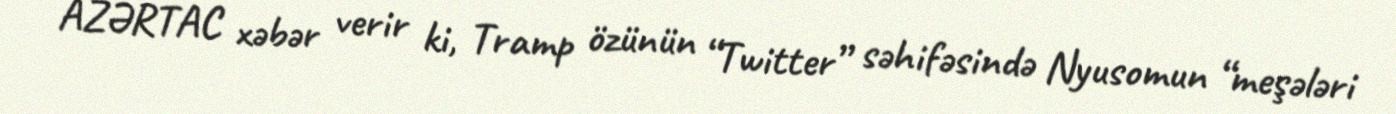
AZƏRTAC xəbər verir ki, Tramp özünün “Twitter” səhifəsində Nyusomun “meşələri